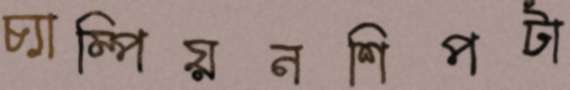
চ্যাম্পিয়নশিপটা